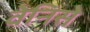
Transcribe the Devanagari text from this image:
वेनिसे